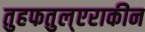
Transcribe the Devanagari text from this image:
तुहफतुल्एराकीन